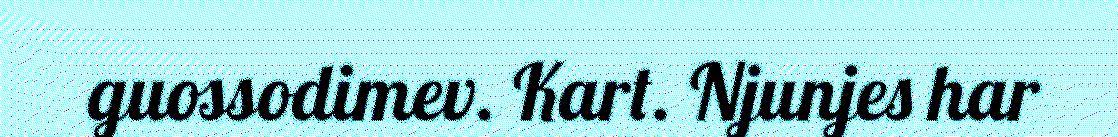
guossodimev. Kart. Njunjes har